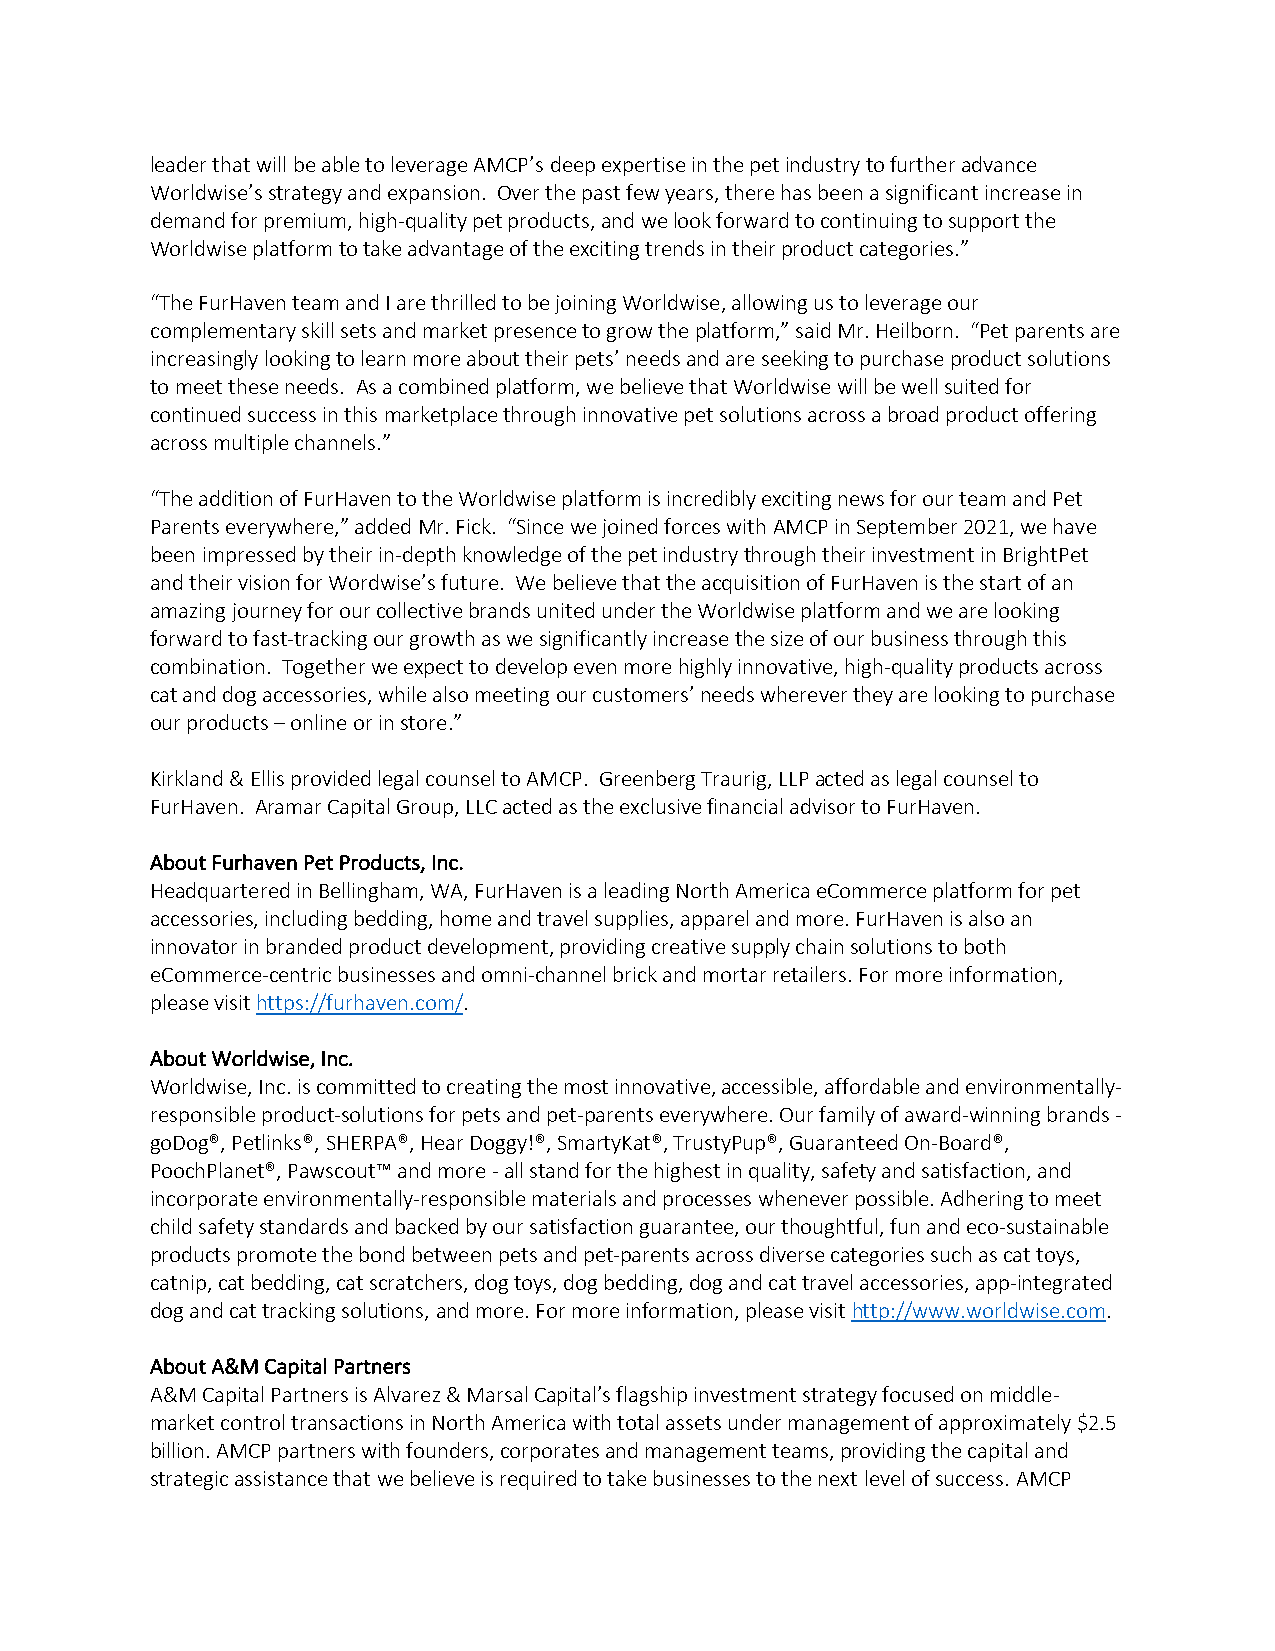
leader that will be able to leverage AMCP’s deep expertise in the pet industry to further advance
 Worldwise’s strategy and expansion. Over the past few years, there has been a significant increase in
 demand for premium, high-quality pet products, and we look forward to continuing to support the
 Worldwise platform to take advantage of the exciting trends in their product categories.”
 “The FurHaven team and I are thrilled to be joining Worldwise, allowing us to leverage our
 complementary skill sets and market presence to grow the platform,” said Mr. Heilborn. “Pet parents are
 increasingly looking to learn more about their pets’ needs and are seeking to purchase product solutions
 to meet these needs. As a combined platform, we believe that Worldwise will be well suited for
 continued success in this marketplace through innovative pet solutions across a broad product offering
 across multiple channels.”
 “The addition of FurHaven to the Worldwise platform is incredibly exciting news for our team and Pet
 Parents everywhere,” added Mr. Fick. “Since we joined forces with AMCP in September 2021, we have
 been impressed by their in-depth knowledge of the pet industry through their investment in BrightPet
 and their vision for Wordwise’s future. We believe that the acquisition of FurHaven is the start of an
 amazing journey for our collective brands united under the Worldwise platform and we are looking
 forward to fast-tracking our growth as we significantly increase the size of our business through this
 combination. Together we expect to develop even more highly innovative, high-quality products across
 cat and dog accessories, while also meeting our customers’ needs wherever they are looking to purchase
 our products – online or in store.”
 Kirkland & Ellis provided legal counsel to AMCP. Greenberg Traurig, LLP acted as legal counsel to
 FurHaven. Aramar Capital Group, LLC acted as the exclusive financial advisor to FurHaven.
 About Furhaven Pet Products, Inc.
 Headquartered in Bellingham, WA, FurHaven is a leading North America eCommerce platform for pet
 accessories, including bedding, home and travel supplies, apparel and more. FurHaven is also an
 innovator in branded product development, providing creative supply chain solutions to both
 eCommerce-centric businesses and omni-channel brick and mortar retailers. For more information,
 please visit https://furhaven.com/.
 About Worldwise, Inc.
 Worldwise, Inc. is committed to creating the most innovative, accessible, affordable and environmentally-
 responsible product-solutions for pets and pet-parents everywhere. Our family of award-winning brands -
 goDog®, Petlinks®, SHERPA®, Hear Doggy!®, SmartyKat®, TrustyPup®, Guaranteed On-Board®,
 PoochPlanet®, Pawscout™ and more - all stand for the highest in quality, safety and satisfaction, and
 incorporate environmentally-responsible materials and processes whenever possible. Adhering to meet
 child safety standards and backed by our satisfaction guarantee, our thoughtful, fun and eco-sustainable
 products promote the bond between pets and pet-parents across diverse categories such as cat toys,
 catnip, cat bedding, cat scratchers, dog toys, dog bedding, dog and cat travel accessories, app-integrated
 dog and cat tracking solutions, and more. For more information, please visit http://www.worldwise.com.
 About A&M Capital Partners
 A&M Capital Partners is Alvarez & Marsal Capital’s flagship investment strategy focused on middle-
 market control transactions in North America with total assets under management of approximately $2.5
 billion. AMCP partners with founders, corporates and management teams, providing the capital and
 strategic assistance that we believe is required to take businesses to the next level of success. AMCP